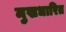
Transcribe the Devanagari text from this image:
मुखधारित